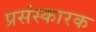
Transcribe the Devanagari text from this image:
प्रसंस्कारक